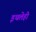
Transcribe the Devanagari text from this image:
इथलेही